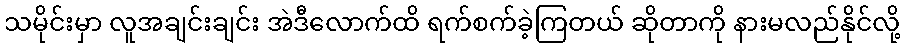
သမိုင်းမှာ လူအချင်းချင်း အဲဒီလောက်ထိ ရက်စက်ခဲ့ကြတယ် ဆိုတာကို နားမလည်နိုင်လို့